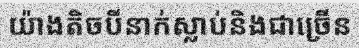
យ៉ាងតិចបីនាក់ស្លាប់និងជាច្រើន